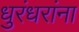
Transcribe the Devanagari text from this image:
धुरंधरांना